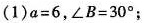
(1)$$a = 6$$，$$∠ B = 3 0 °$$；